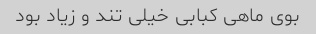
بوی ماهی کبابی خیلی تند و زیاد بود